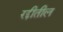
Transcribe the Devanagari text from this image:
रद्दीतील